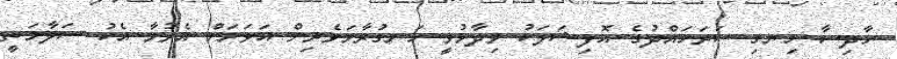
ހާދިސާ ހިނގި ސަރަހައްދުގެ އޮފިޝަލަކު ވިދާޅުވީ ހަނގުރާމަވެރިން އަވަށަށް އެރުމާ އެކު ސަލާމަތީ